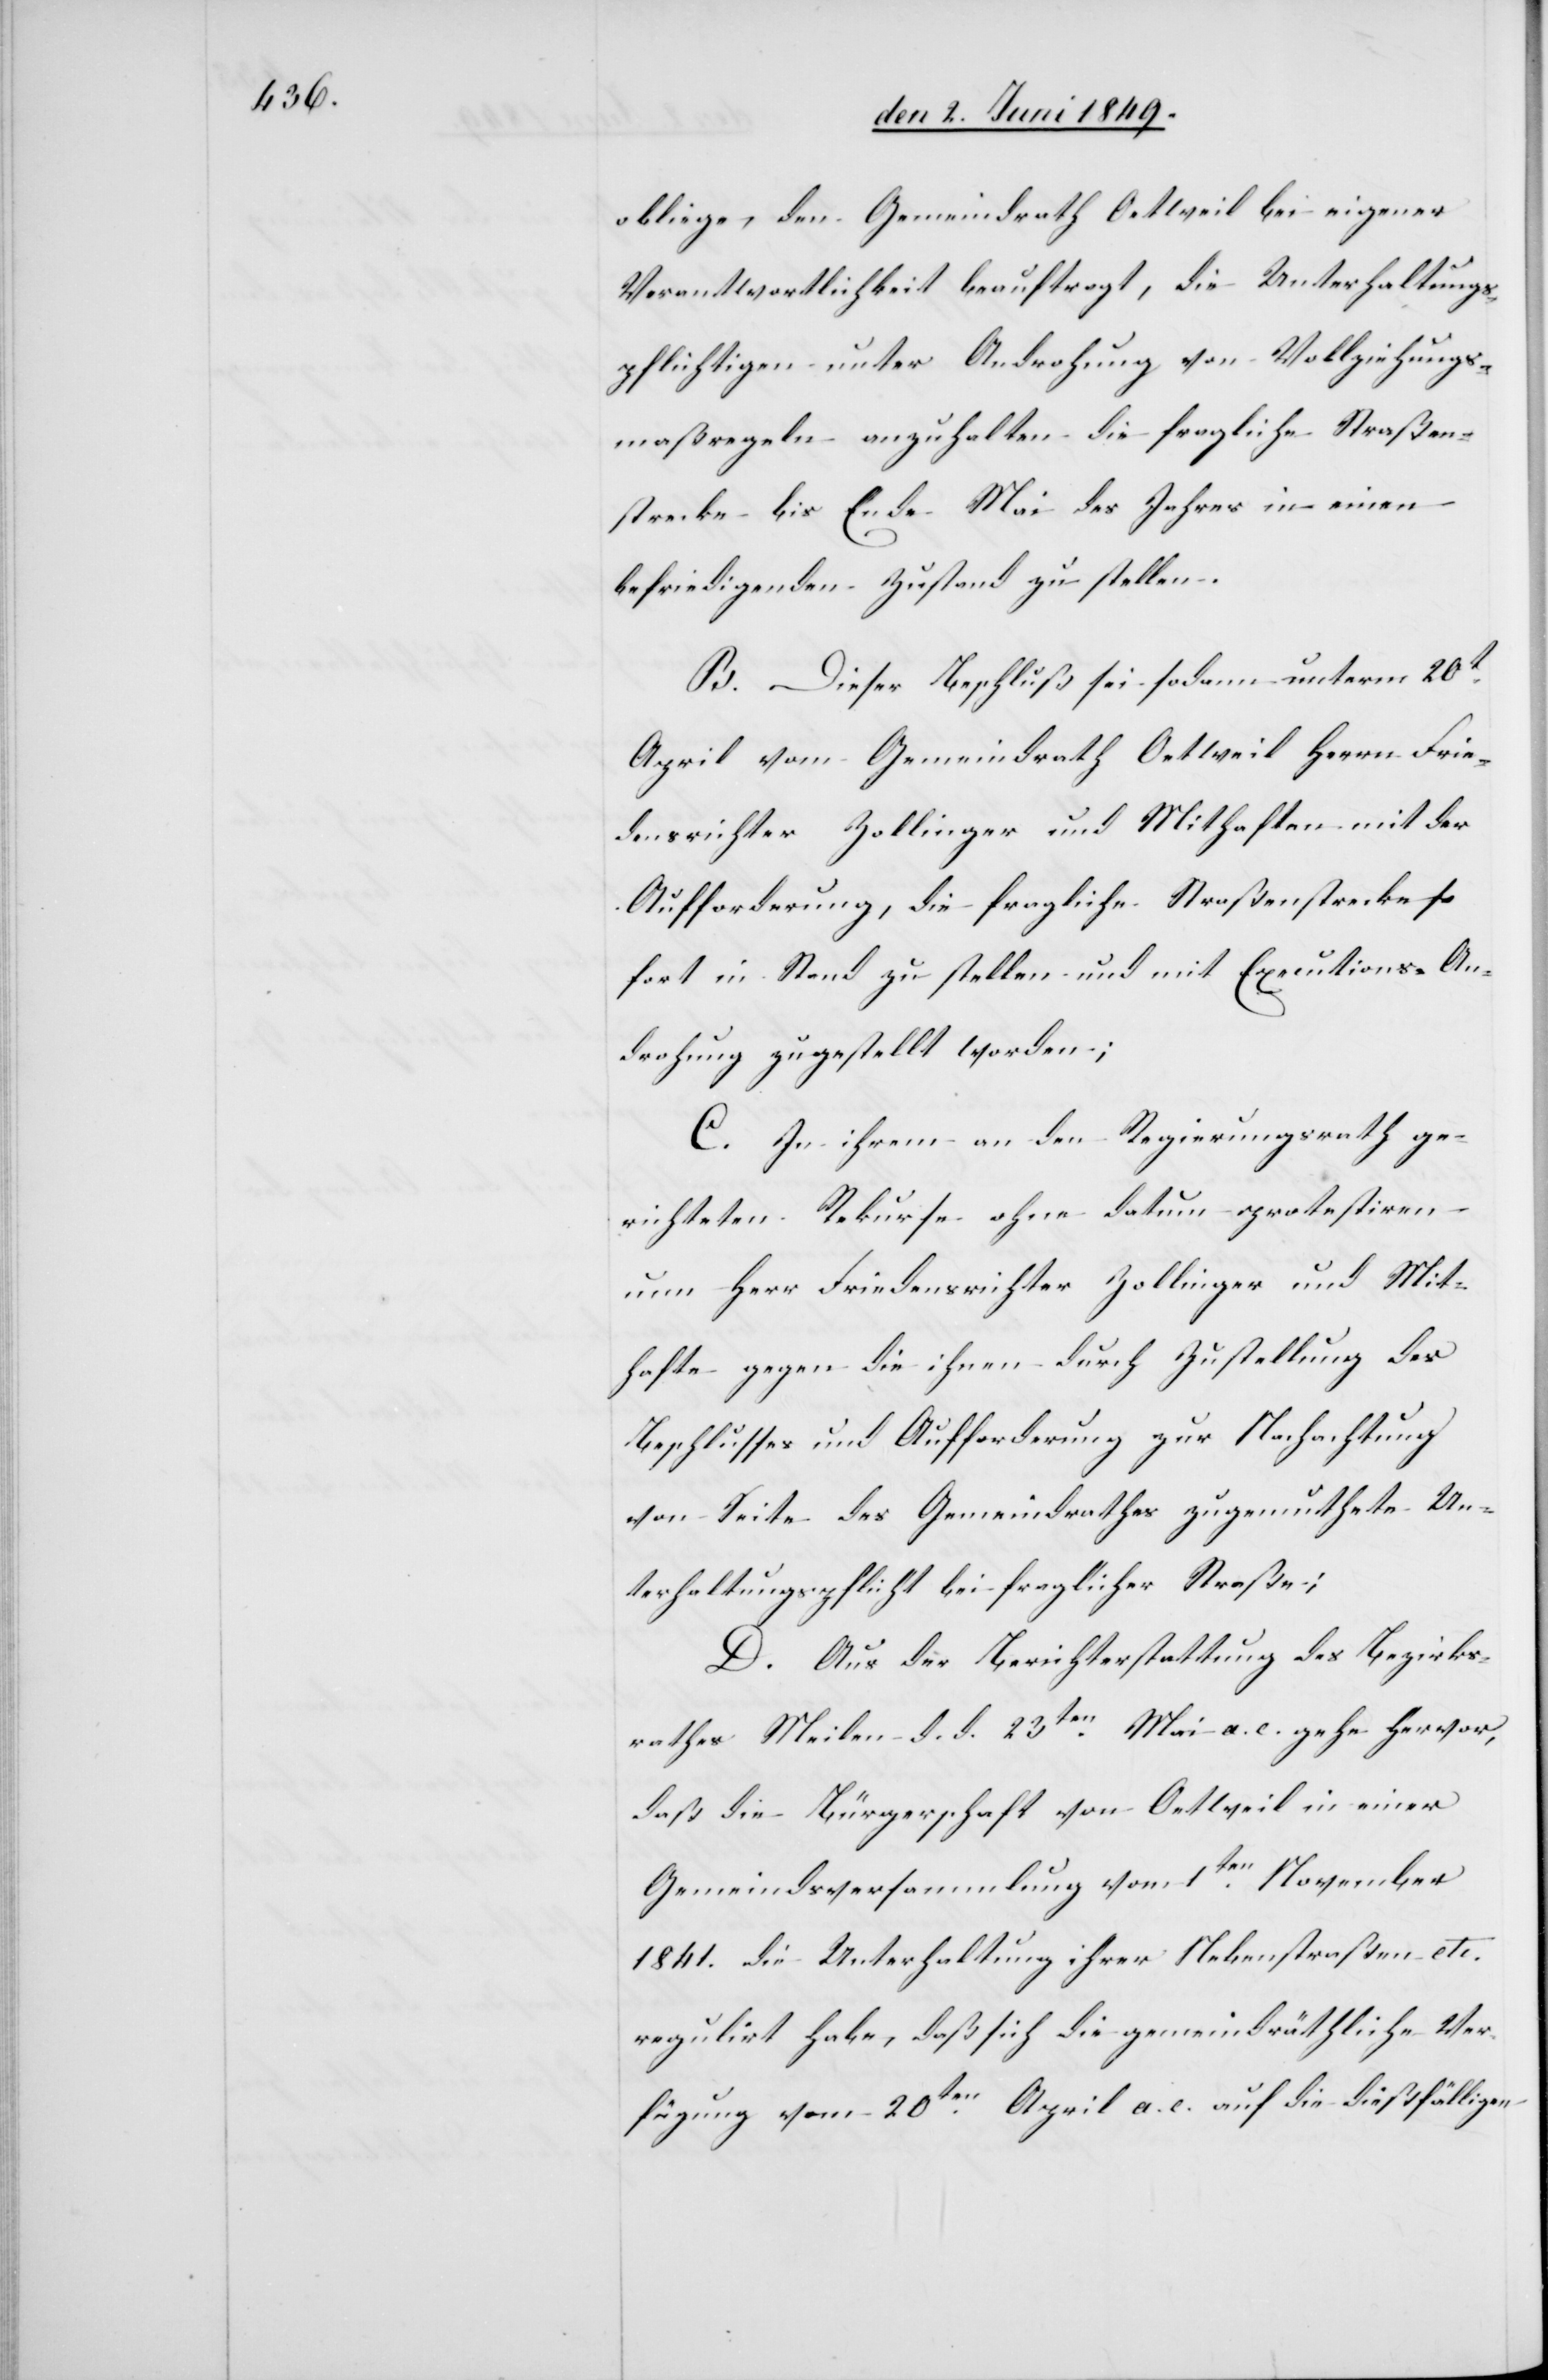
obliege, den Gemeindrath Oetweil bei eigener
Verantwortlichkeit beauftragt, die Unterhaltungs¬
pflichtigen unter Androhung von Vollziehungs¬
maßregeln anzuhalten die fragliche Straßen¬
strecke bis Ende Mai des Jahres in einen
befriedigenden Zustand zu stellen.
B. Dieser Beschluß sei sodann unterm 20t
April vom Gemeindrath Oettweil Herrn Frie¬
densrichter Zollinger und Mithaften mit der
Aufforderung, die fragliche Straßenstrecke so
fort in Stand zu stellen und mit Executions-An¬
drohung zugestellt worden;
C. In ihrem an den Regierungsrath ge¬
richteten Rekurse ohne datum protestiren
um Herr Friedensrichter Zollinger und Mit¬
hafte gegen die ihnen durch Zustellung des
Beschlusses und Aufforderung zur Nachachtung
von Seite des Gemeindrathes zugemuthete Un¬
terhaltungspflicht bei fraglicher Straße;
D. Aus der Berichterstattung des Bezirks¬
rathes Meilen d. d. 23ten Mai a. c. gehe hervor,
daß die Bürgerschaft von Oetweil in einer
Gemeindsversammlung von 1ten November
1841. die Unterhaltung ihrer Nebenstraßen etc.
regulirt habe, daß sich die gemeindräthliche Ver¬
fügung vom 20ten April a. c. auf die dießfälligen